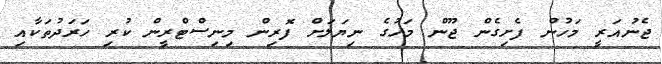
ޖެނުއަރީ މަހުން ފެށިގެން ޖޫން މަހުގެ ނިޔަލަށް ފޮރިން މިނިސްޓްރީން ކުރި ހަރަދުތަކާއި